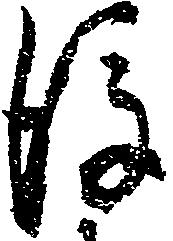
後